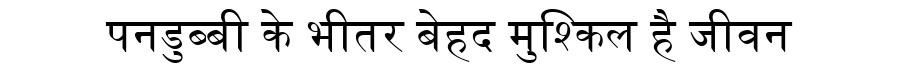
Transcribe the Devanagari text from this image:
पनडुब्बी के भीतर बेहद मुश्किल है जीवन